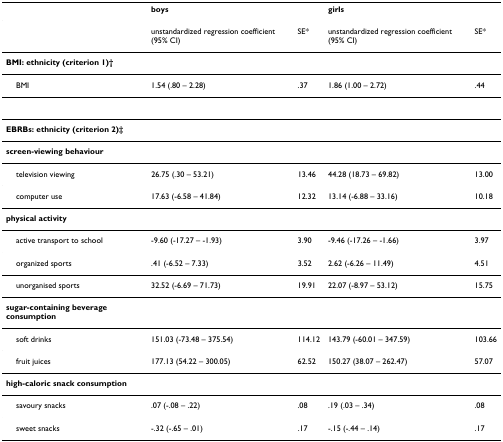
|  | <COLSPAN=2> boys | <COLSPAN=2> girls |
 | --- | --- | --- | --- | --- |
 |  | unstandardized regression coefficient (95% CI) | SE* | unstandardized regression coefficient (95% CI) | SE* |
 | BMI: ethnicity (criterion 1)† |  |  |  |  |
 | BMI | 1.54 (.80 – 2.28) | .37 | 1.86 (1.00 – 2.72) | .44 |
 | EBRBs: ethnicity (criterion 2)‡ |  |  |  |  |
 | screen-viewing behaviour |  |  |  |  |
 | television viewing | 26.75 (.30 – 53.21) | 13.46 | 44.28 (18.73 – 69.82) | 13.00 |
 | computer use | 17.63 (-6.58 – 41.84) | 12.32 | 13.14 (-6.88 – 33.16) | 10.18 |
 | physical activity |  |  |  |  |
 | active transport to school | -9.60 (-17.27 – -1.93) | 3.90 | -9.46 (-17.26 – -1.66) | 3.97 |
 | organized sports | .41 (-6.52 – 7.33) | 3.52 | 2.62 (-6.26 – 11.49) | 4.51 |
 | unorganised sports | 32.52 (-6.69 – 71.73) | 19.91 | 22.07 (-8.97 – 53.12) | 15.75 |
 | sugar-containing beverage consumption |  |  |  |  |
 | soft drinks | 151.03 (-73.48 – 375.54) | 114.12 | 143.79 (-60.01 – 347.59) | 103.66 |
 | fruit juices | 177.13 (54.22 – 300.05) | 62.52 | 150.27 (38.07 – 262.47) | 57.07 |
 | high-caloric snack consumption |  |  |  |  |
 | savoury snacks | .07 (-.08 – .22) | .08 | .19 (.03 – .34) | .08 |
 | sweet snacks | -.32 (-.65 – .01) | .17 | -.15 (-.44 – .14) | .17 |